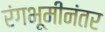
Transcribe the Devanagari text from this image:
रंगभूमीनंतर